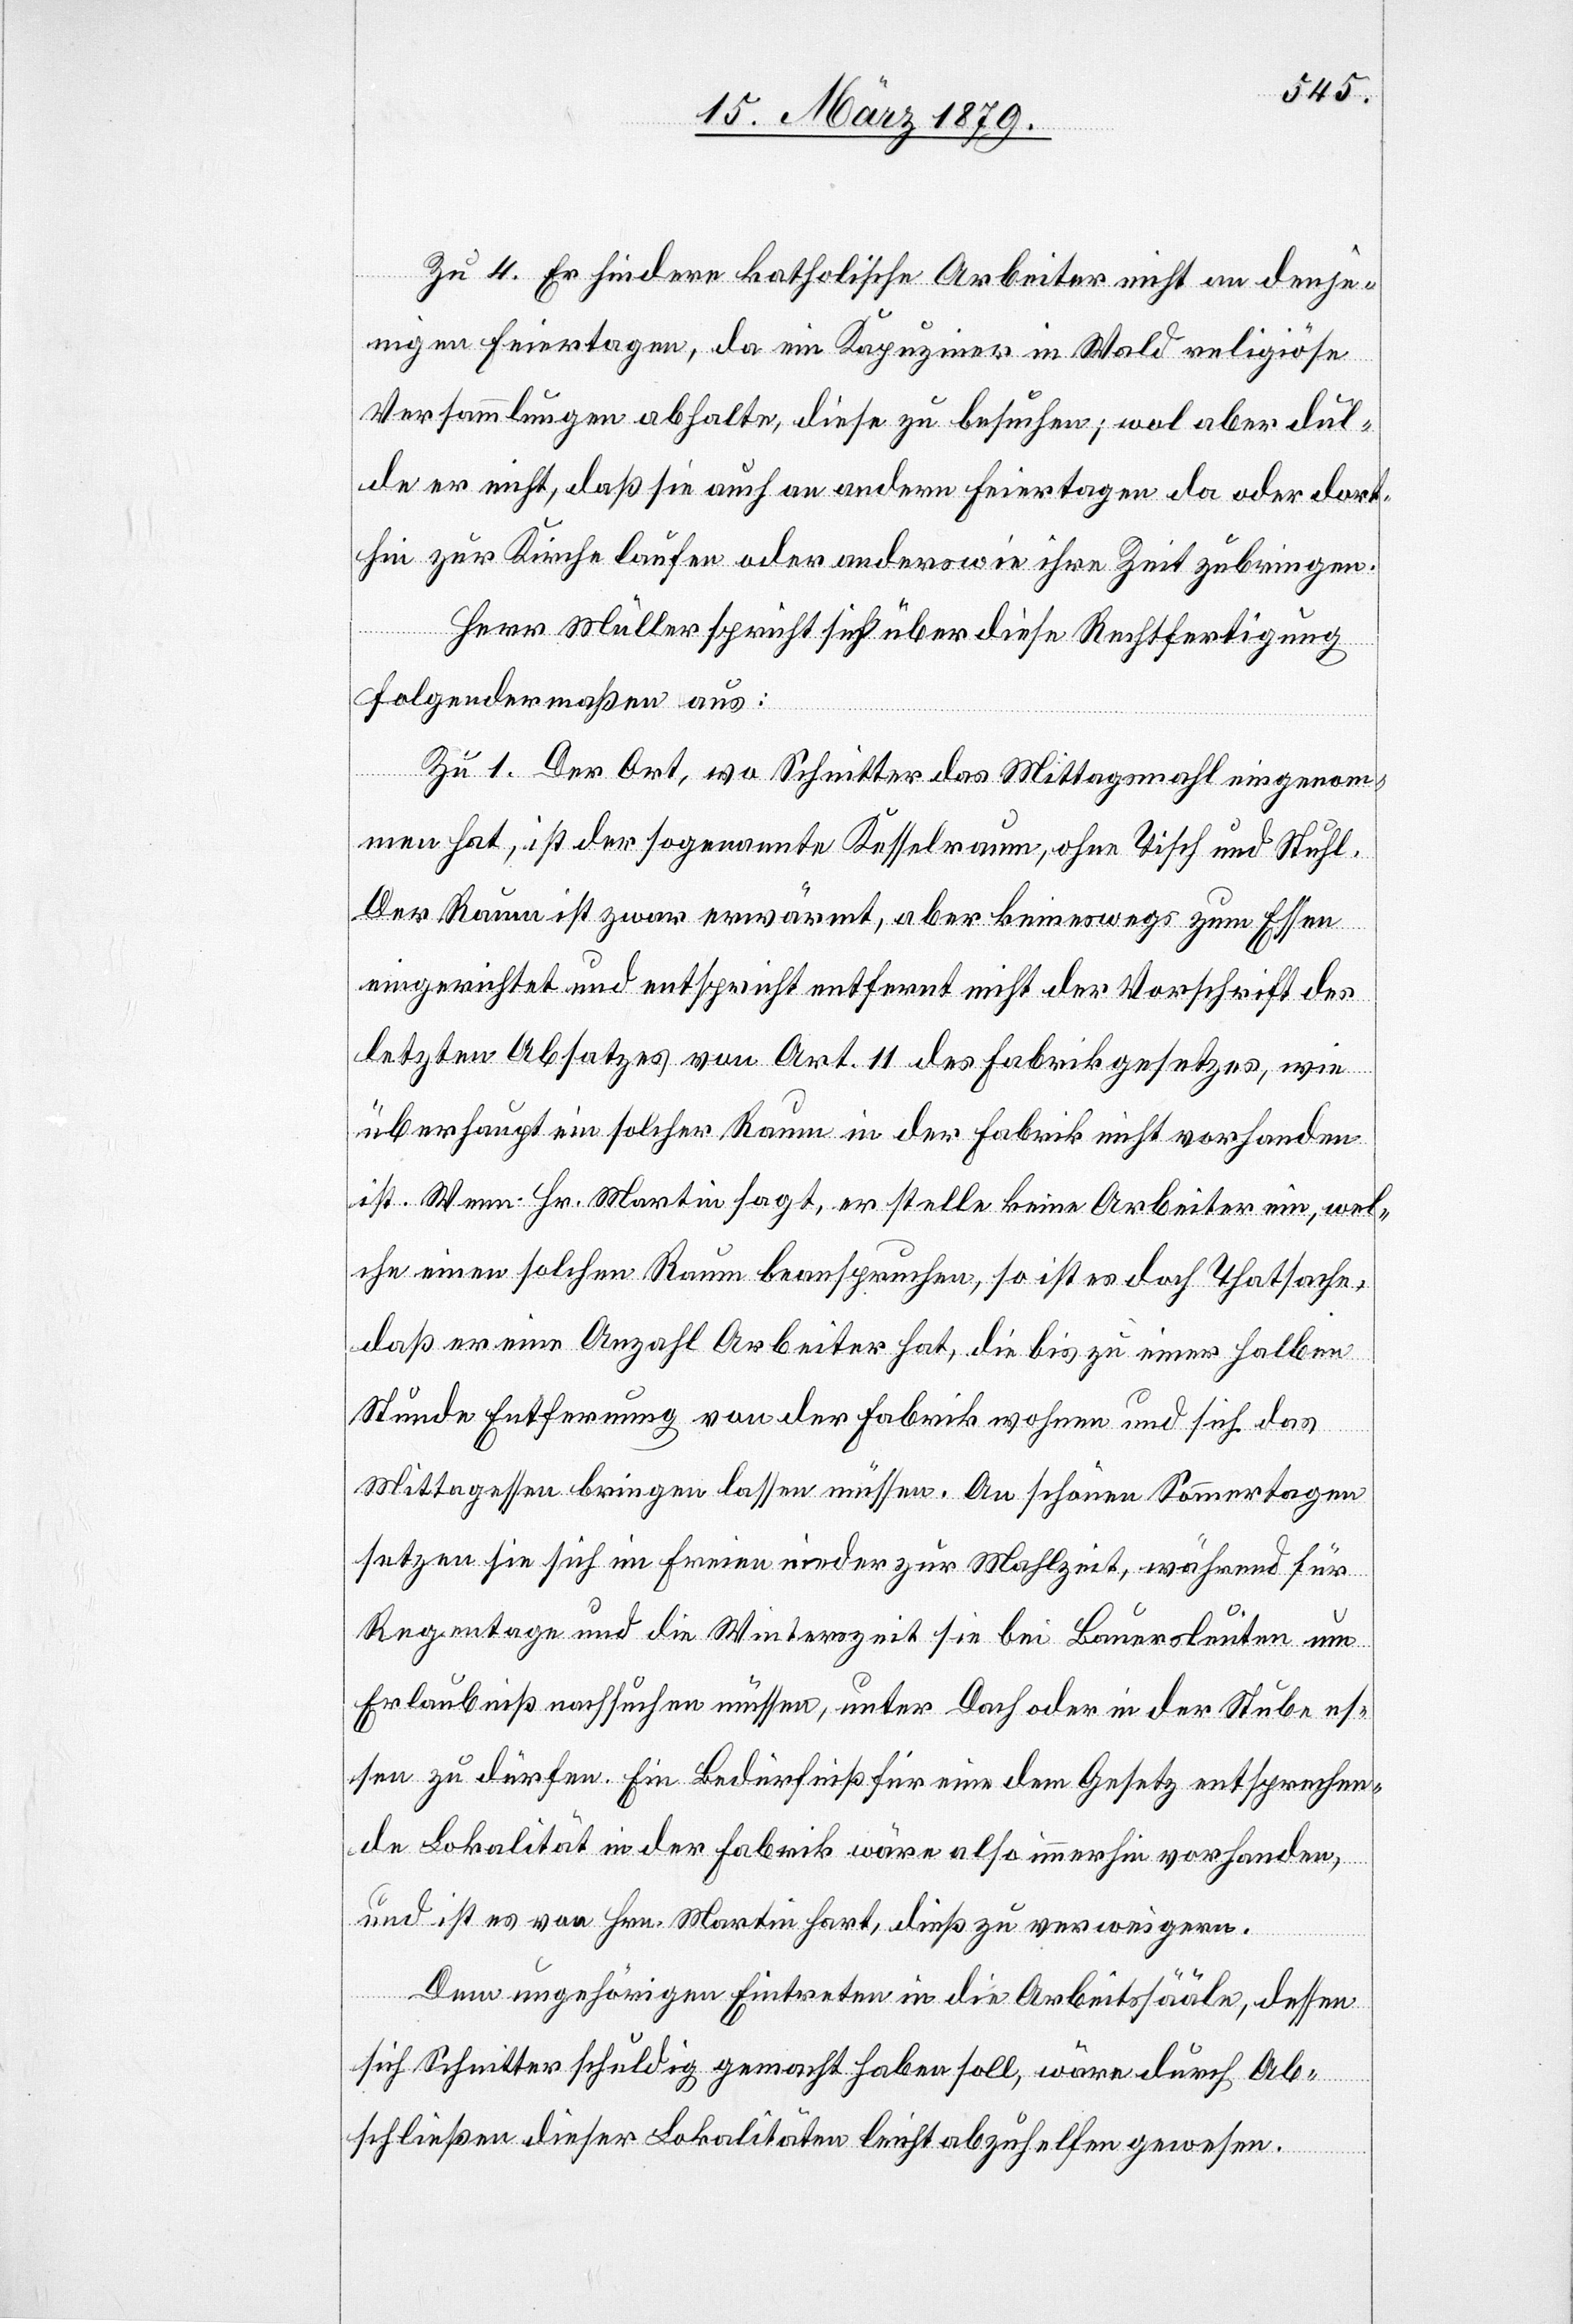
Zu 4. Er hindere katholische Arbeiter nicht an denje¬
nigen Feiertagen, da ein Kapuziner in Wald religiöse
Versammlungen abhalte, diese zu besuchen; wol aber dul¬
de er nicht, daß sie auch an andern Feiertagen da oder dort¬
hin zur Kirche laufen oder anderswie ihre Zeit zubringen.
Herr Müller spricht sich über diese Rechtfertigung
folgendermaßen aus:
Zu 1. Der Ort, wo Schnitter das Mittagsmahl eingenom¬
men hat, ist der sogenannte Kesselraum, ohne Tisch und Stuhl.
Der Raum ist zwar erwärmt, aber keineswegs zum Essen
eingerichtet und entspricht entfernt nicht der Vorschrift des
letzten Absatzes von Art. 11 des Fabrikgesetzes, wie
überhaupt ein solcher Raum in der Fabrik nicht vorhanden
ist. Wenn Hr. Martin sagt, er stelle keine Arbeiter ein, wel¬
che einen solchen Raum beanspruchen, so ist es doch Thatsache,
daß er eine Anzahl Arbeiter hat, die bis zu einer halben
Stunde Entfernung von der Fabrik wohnen und sich das
Mittagessen bringen lassen müssen. An schönen Sommertagen
setzen sie sich im Freien nieder zur Mahlzeit, während für
Regentage und die Winterszeit sie bei Bauersleuten um
Erlaubniß nachsuchen müssen, unter Dach oder in der Stube es¬
sen zu dürfen. Ein Bedürfniß für eine dem Gesetz entsprechen¬
de Lokalität in der Fabrik wäre also immerhin vorhanden,
und ist es von Hrn. Martin hart, dieß zu verweigern.
Dem ungehörigen Eintreten in die Arbeitssääle, dessen
sich Schnitter schuldig gemacht haben soll, wäre durch Ab¬
schließen dieser Lokalitäten leicht abzuhelfen gewesen.